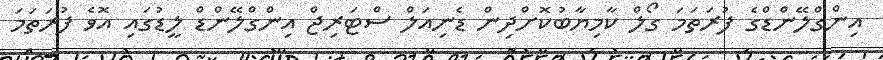
އިންގްލޭންޑްގެ ފުރަތަމަ ގޯލް ކާމިޔާބުކޮށްދިން ޑެނިއަލް ސްޓަރިޖް އިންގްލޭންޑް ލީޑުގައި އޮވެ ފުރަތަމަ